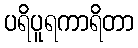
ပရိပူရကာရိတာ